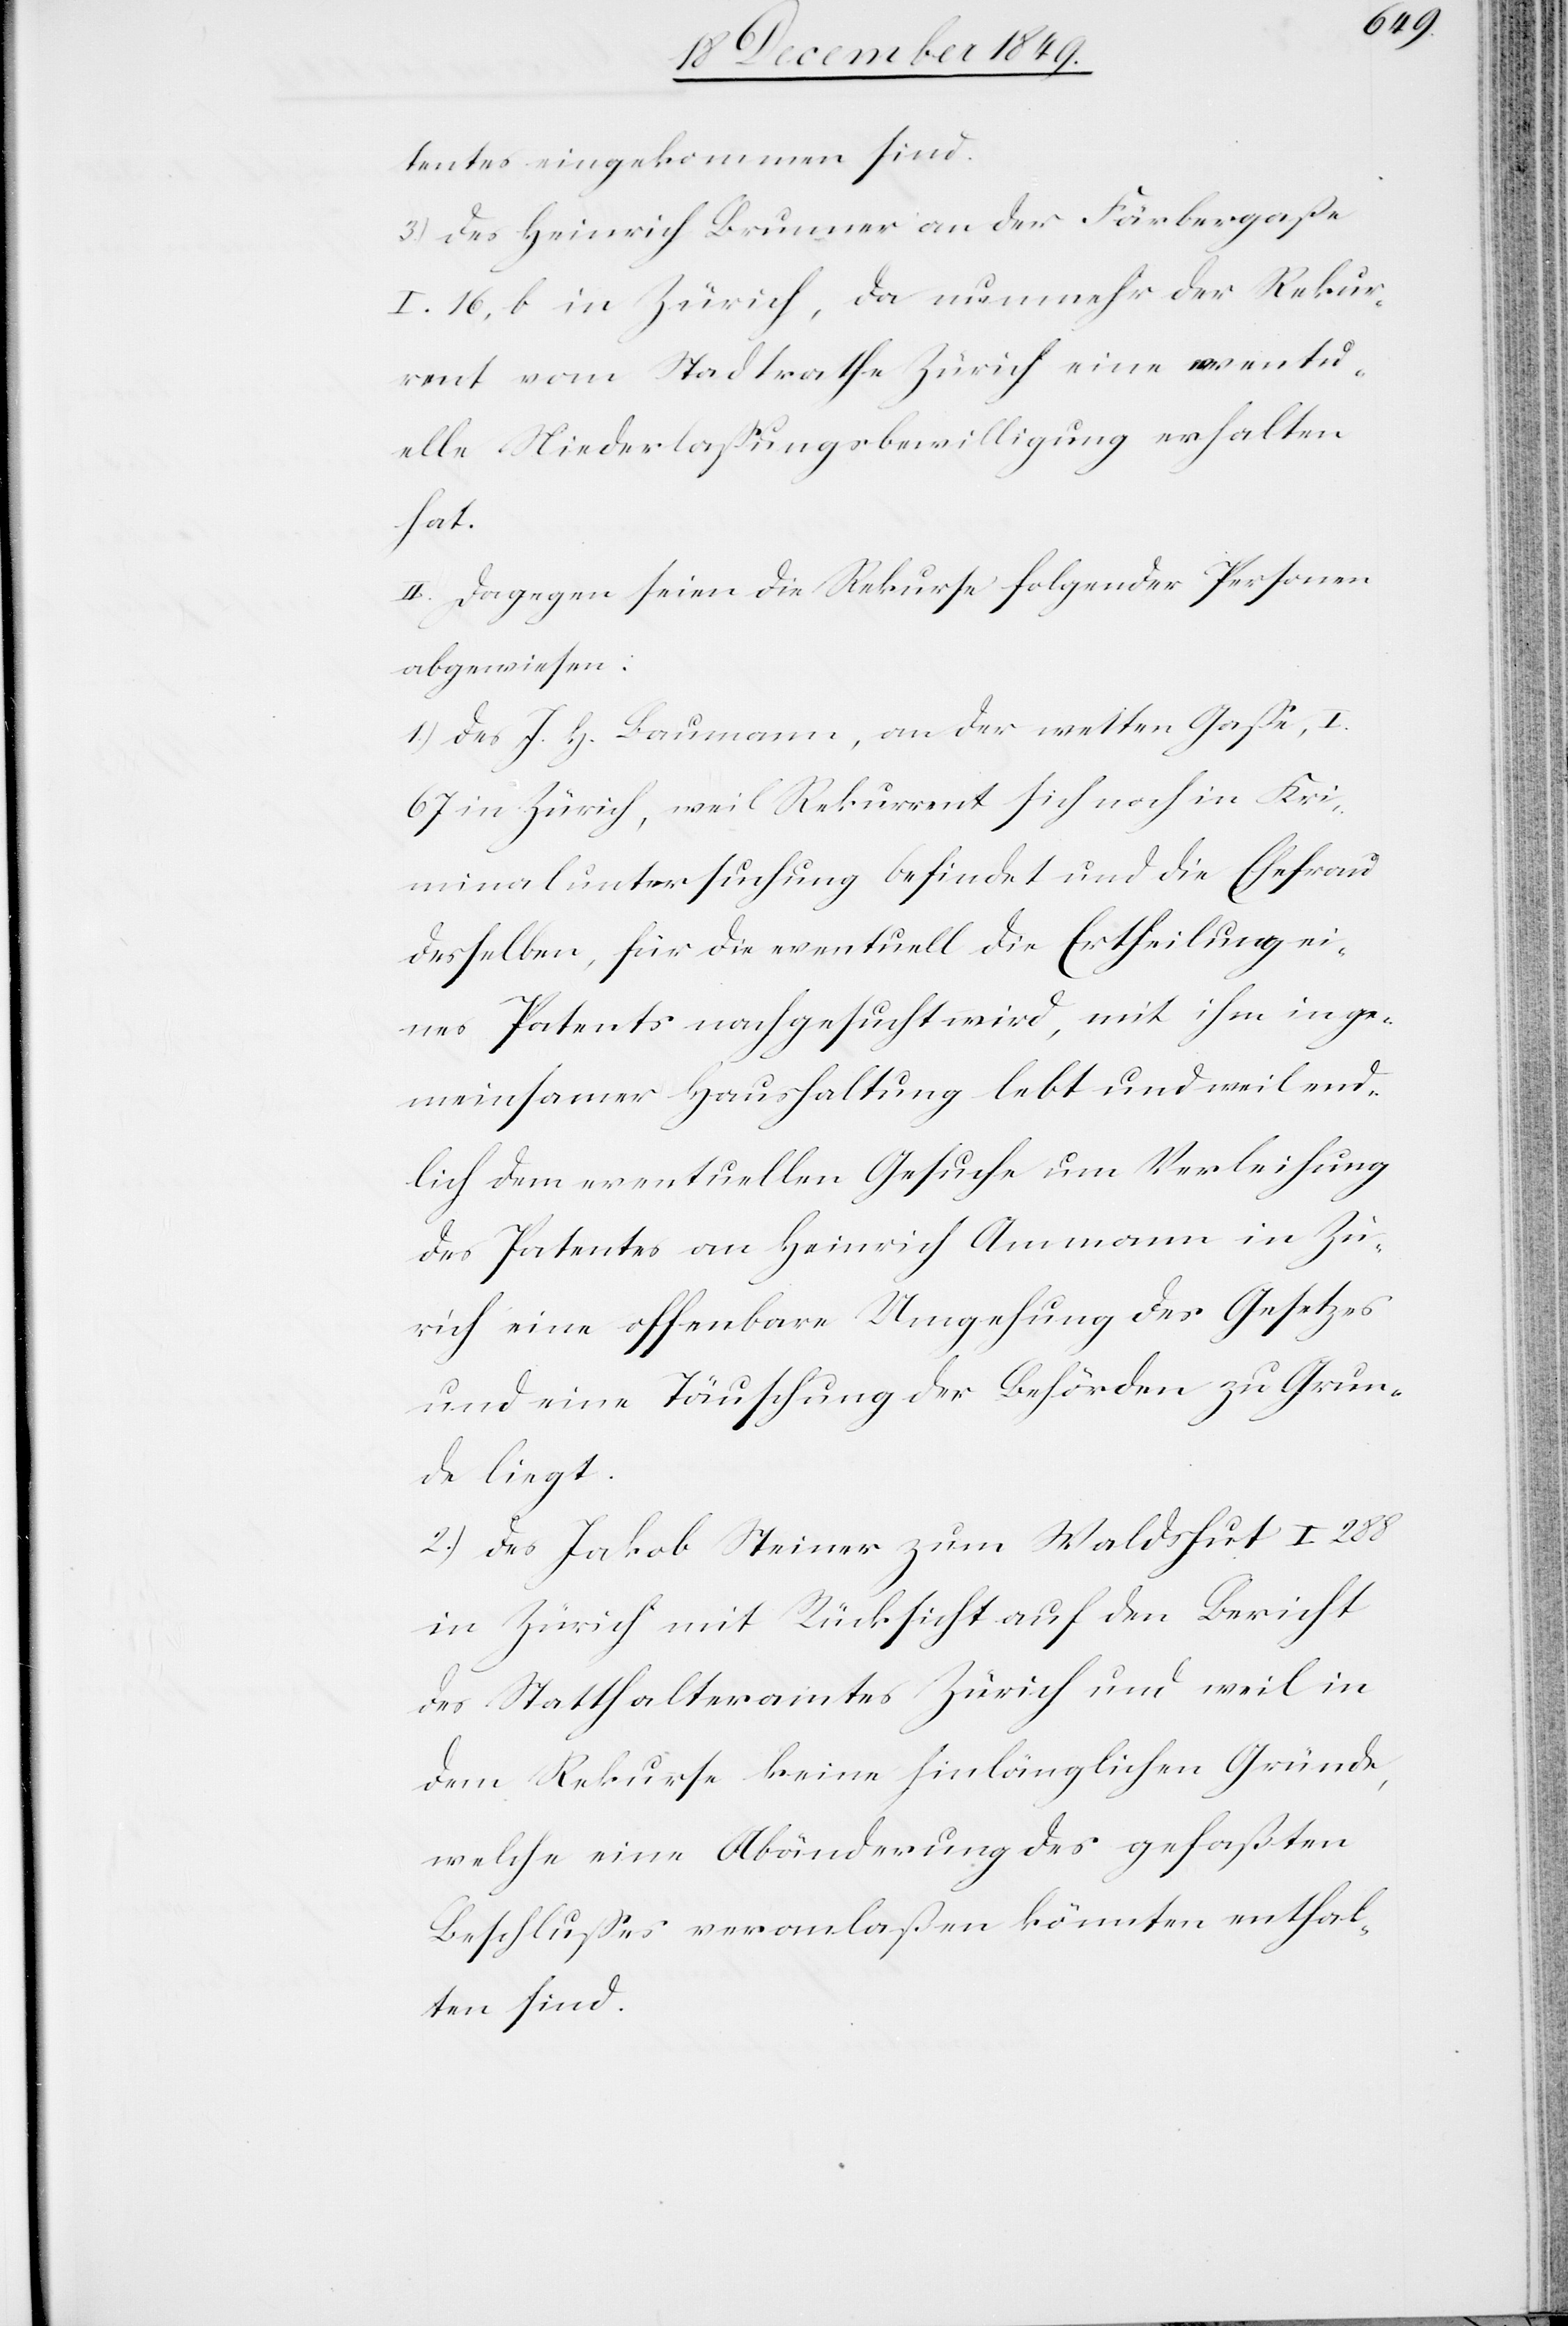
tentes eingekommen sind.
3.) des Heinrich Brunner an der Färbergaße
I. 16, b in Zürich, da nunmehr der Rekur¬
rent vom Stadtrathe Zürich eine eventu¬
elle Niederlaßungsbewilligung erhalten
hat.
II. Dagegen seien die Rekurse folgender Personen
abgewiesen:
1.) Des J. H. Baumann, an der weiten Gaße, I.
67 in Zürich, weil Rekurrent sich noch in Kri¬
minaluntersuchung befindet und die Ehefrau
desselben, für die eventuell die Ertheilung ei¬
nes Patents nachgesucht wird, mit ihm in ge¬
meinsamer Haushaltung lebt und weil end¬
lich dem eventuellen Gesuche um Verleihung
des Patentes an Heinrich Ammann in Zü¬
rich eine offenbare Umgehung des Gesetzes
und eine Täuschung der Behörden zu Grun¬
de liegt.
2.) des Jakob Steiner zum Waldshut I 288
in Zürich mit Rücksicht auf den Bericht
des Statthalteramtes Zürich und weil in
dem Rekurse keine hinlänglichen Gründe,
welche eine Abänderung des gefaßten
Beschlußes veranlaßen könnten enthal¬
ten sind.